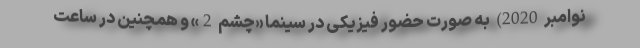
نوامبر 2020) به صورت حضور فیزیکی در سینما «چشم 2» و همچنین در ساعت